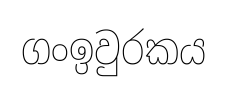
ගංඉවුරකය